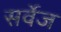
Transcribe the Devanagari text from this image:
सर्वेज